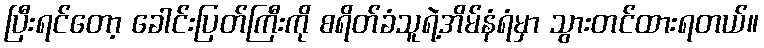
ပြီးရင်တော့ ခေါင်းပြတ်ကြီးကို စရိတ်ခံသူရဲ့အိမ်နံရံမှာ သွားတင်ထားရတယ်။